Report of the Municipal Commissioner on the plague in Bombay for the year ending 31st May... - Volume 1
Disease focus: Plague
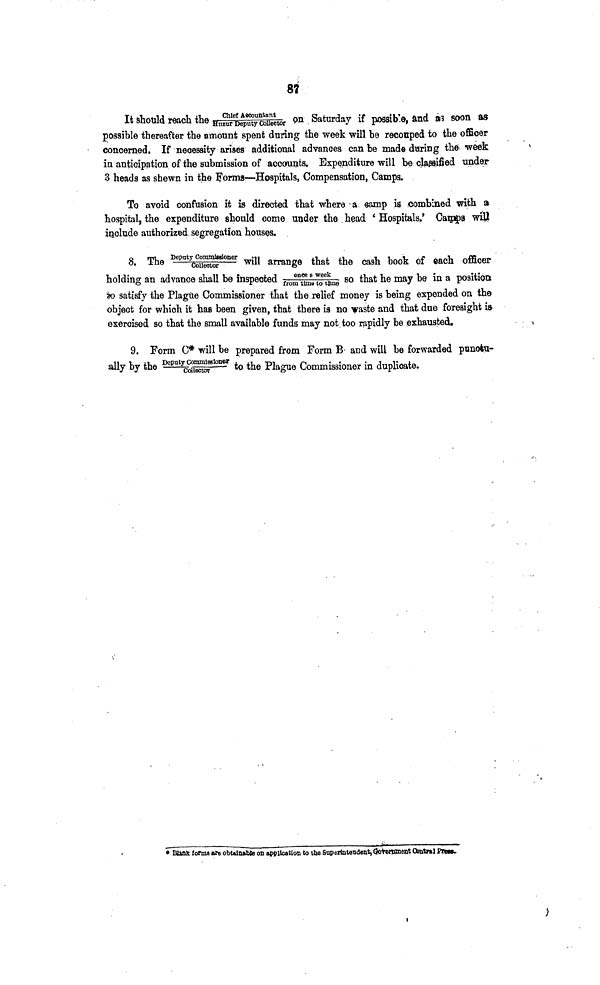
87
It should reach the Chief Account ant / Huzur Deputy Collector on Saturday if possible, and as soon as
possible thereafter the amount spent during the week will be recouped to the officer
concerned. If necessity arises additional advances can be made during the week
in anticipation of the submission of accounts. Expenditure will be classified under
3 heads as shewn in the Forma—Hospitals, Compensation, Camps.
To avoid confusion it is directed that where a camp is combined with a
hospital, the expenditure should come under the head 'Hospitals.' Camps will
include authorized segregation houses.
8. The Deputy Commi ssi oner/ Col l ect or will arrange that the cash book of each officer
holding an advance shall be inspectedonce a week/from time to time so that he may be in a position
to satisfy the Plague Commissioner that the relief money is being expended on the
object for which it has been given, that there is no waste and that due foresight is
exercised so that the small available funds may not too rapidly be exhausted.
9. Form C* will be prepared from Form B and will be forwarded punctu-
ally by the Deputy Commi ssi oner/ Collector to the Plague Commissioner in duplicate.
* Blank forms are obtainable on application to the Superintendent, Government Central Press.